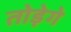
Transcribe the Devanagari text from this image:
तोड़ेगे